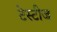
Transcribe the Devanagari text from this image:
टेस्टीज